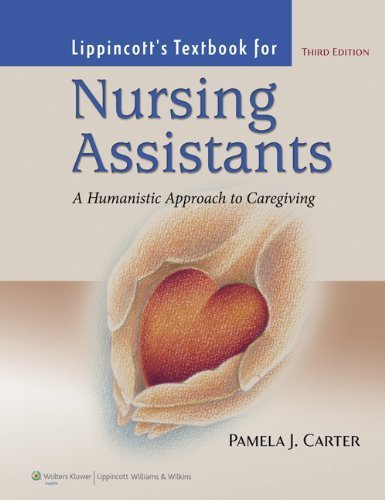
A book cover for Lippincott's Textbook For Nursing Assistants: A Humanistic Approach to Caregiving Third edition by Carter, Pamela J. published by Lippincott Williams & Wilkins Paperback; Medical Books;